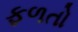
ફળતો